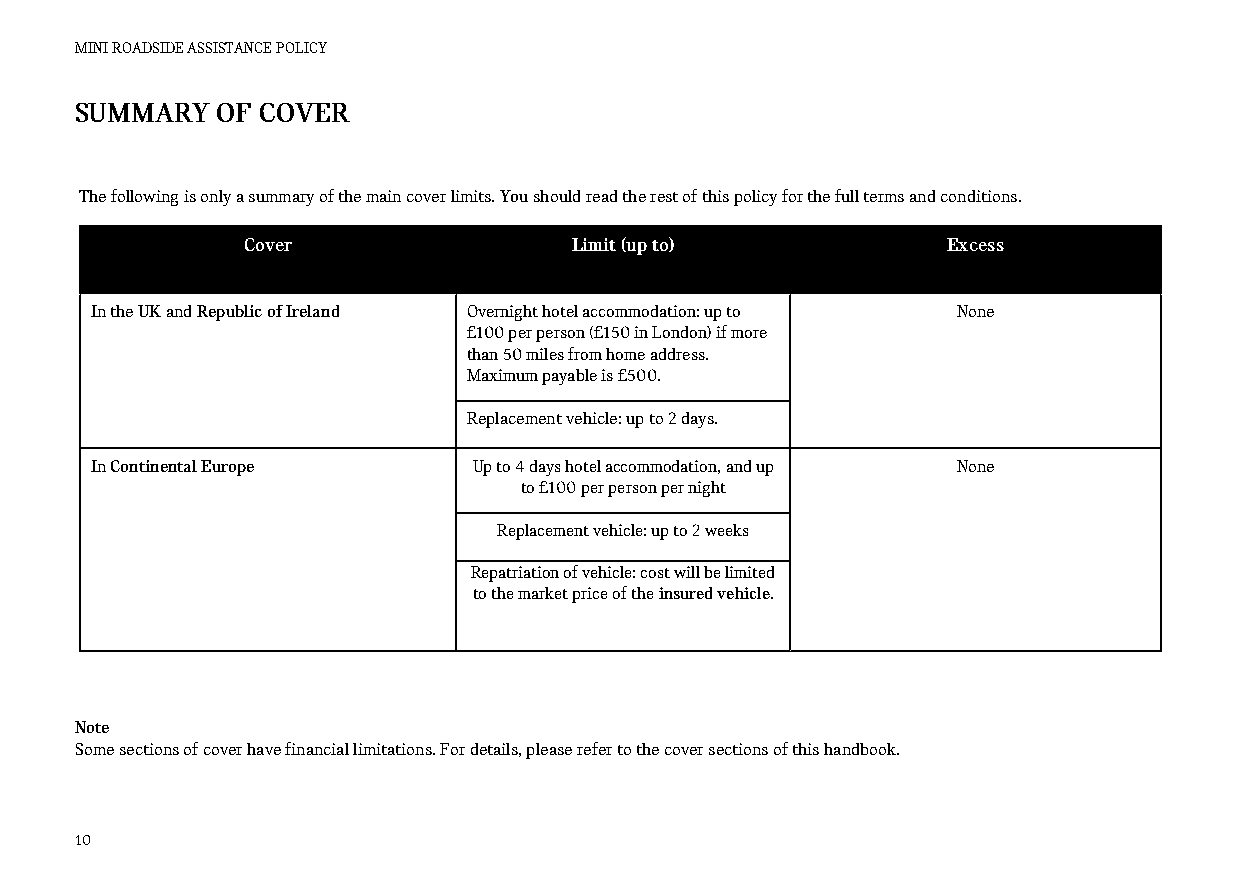
MINI ROADSIDE ASSISTANCE POLICY
 SUMMARY  OF COVER
 The following is only a summary of the main cover limits. You should read the rest of this policy for the full terms and conditions.
 CCoovveerr            Limit (up to)            Excess
 In the UK and Republic of Ireland Overnight hotel accommodation: up to None
 £100 per person (£150 in London) if more
 than 50 miles from home address.
 Maximum payable is £500.
 Replacement vehicle: up to 2 days.
 In Continental Europe    Up to 4 days hotel accommodation, and up None
 to £100 per person per night
 Replacement vehicle: up to 2 weeks
 Repatriation of vehicle: cost will be limited
 to the market price of the insured vehicle.
 Note
 Some sections of cover have financial limitations. For details, please refer to the cover sections of this handbook.
 10